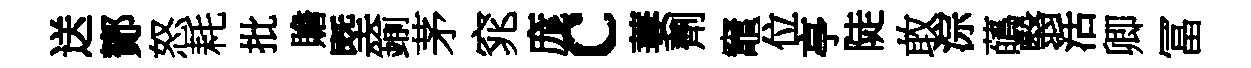
送鄼怒耗批贍塈鍮茅窕庬c萋劑竈位亭陡敢淙蘤翳活卿冨